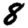
Digit: 8